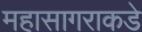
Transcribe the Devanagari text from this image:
महासागराकडे